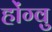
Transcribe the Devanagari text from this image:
होंग्वु